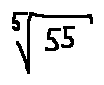
\sqrt [ 5 ] { 5 5 }